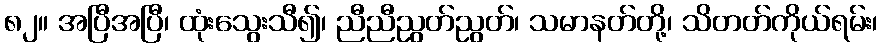
၈၂။ အပြီအပြီ၊ ထုံးသွေးသီ၍၊ ညီညီညွတ်ညွတ်၊ သမာနတ်တို့၊ သိတတ်ကိုယ်ရမ်း၊